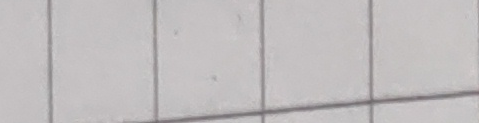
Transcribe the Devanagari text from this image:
यत्थस